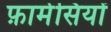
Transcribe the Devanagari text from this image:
फ़ार्मेसियों